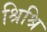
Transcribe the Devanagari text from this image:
श्रिश्रि